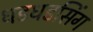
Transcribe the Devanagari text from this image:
धडधडसिंग